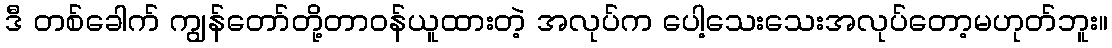
ဒီ တစ်ခေါက် ကျွန်တော်တို့တာဝန်ယူထားတဲ့ အလုပ်က ပေါ့သေးသေးအလုပ်တော့မဟုတ်ဘူး။